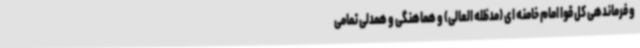
و فرماندهی کل قوا امام خامنه ای (مدظله العالی) و هماهنگی و همدلی تمامی